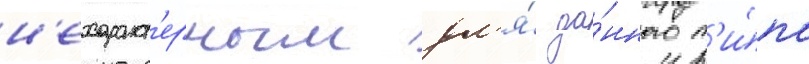
н'ехаракт'ерным дл'я́ да́нного т'и́па